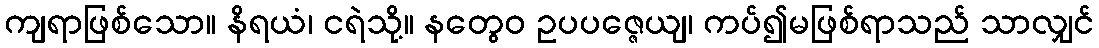
ကျရာဖြစ်သော။ နိရယံ၊ ငရဲသို့။ နတွေဝ ဥပပဇ္ဇေယျ၊ ကပ်၍မဖြစ်ရာသည် သာလျှင်